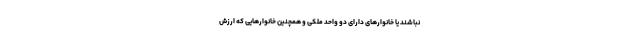
نباشند یا خانوارهای دارای دو واحد ملکی و همچنین خانوارهایی که ارزش